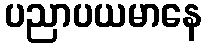
ပညာပယမာနေ